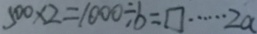
5 0 0 \times 2 = 1 0 0 0 \div b = \square \cdots 2 a